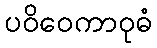
ပဝိဝေကာဝုဓံ